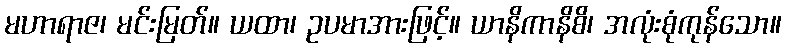
မဟာရာဇ၊ မင်းမြတ်။ ယထာ၊ ဥပမာအားဖြင့်။ ယာနိကာနိစိ၊ အလုံးစုံကုန်သော။